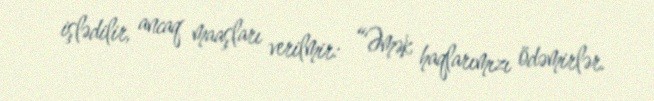
işlədilir, ancaq maaşları verilmir: “Əmək haqlarımızı ödəmirlər.